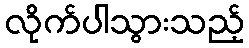
လိုက်ပါသွားသည့်